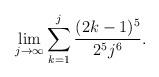
LaTeX: \begin{align*}\lim_{j\rightarrow \infty} \sum_{k=1}^j \frac{(2k-1)^5}{2^5j^6}.\end{align*}